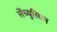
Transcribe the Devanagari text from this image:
सेंच्युरियन